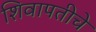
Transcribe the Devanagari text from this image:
शिवापतीचे